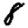
Digit: 8